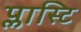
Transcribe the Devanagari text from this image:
प्लास्टि